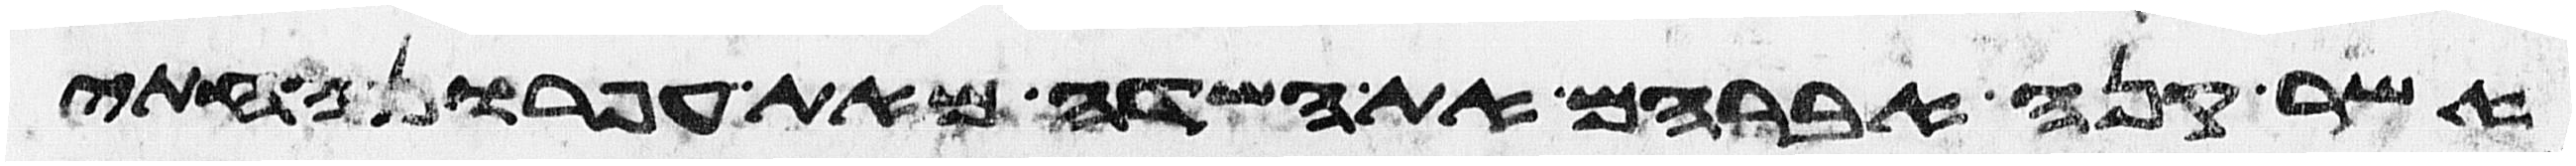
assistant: אשר קנה אברהם את השדה מאת עפרון החתי